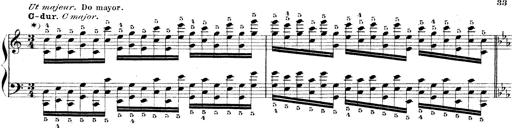
Title: Technische Studien
Composer: Franz Liszt